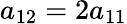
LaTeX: a_{12}=2a_{11}